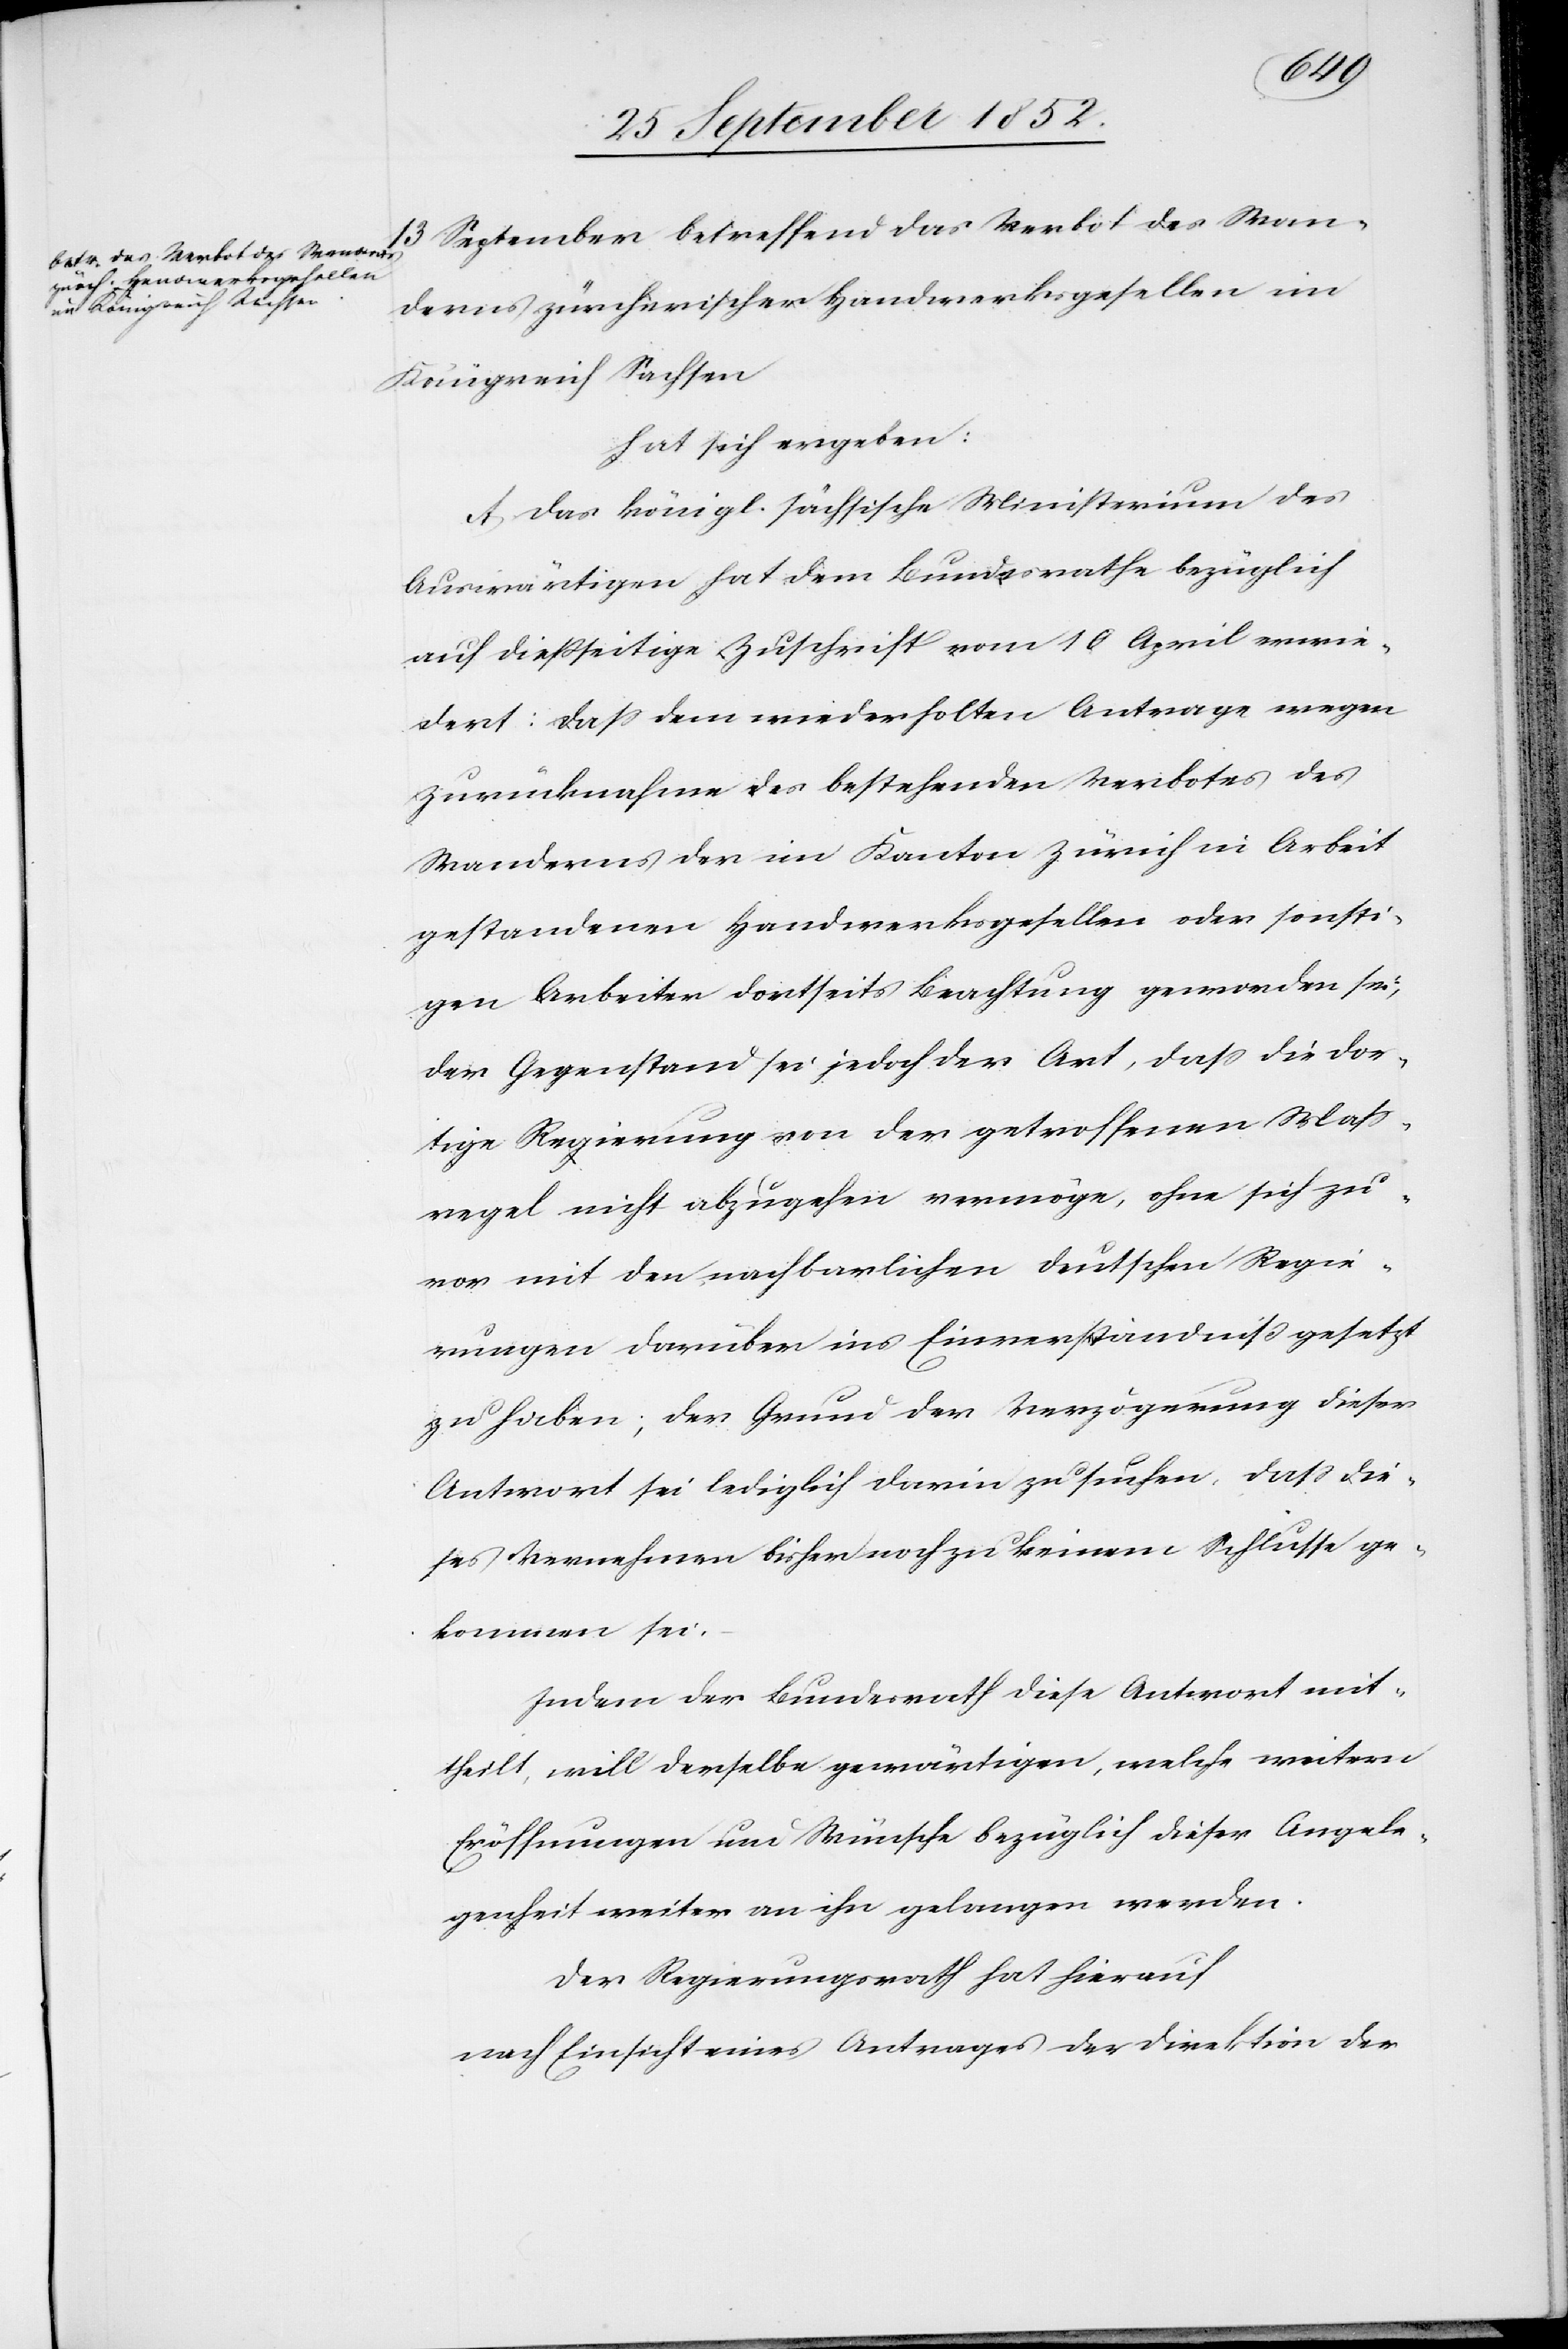
13 September betreffend das Verbot des Wan¬
derns zürcherischer Handwerksgesellen im
Königreich Sachsen
hat sich ergeben:
A Das königl. sächsische Ministerium des
Auswärtigen hat dem Bundesrathe bezüglich
auf dießseitige Zuschrift vom 10 April erwie¬
dert: dass dem wiederholten Antrage wegen
Zurücknahme des bestehenden Verbotes des
Wanderns der im Kanton Zürich in Arbeit
gestandenen Handwerksgesellen oder sonsti¬
gen Arbeiten dortseits Beachtung geworden sei,
der Gegenstand sei jedoch der Art, dass die dor¬
tige Regierung von der getroffenen Mass¬
regel nicht abzugehen vermöge, ohne sich zu¬
vor mit den nachbarlichen deutschen Regie¬
rungen darüber ins Einverständniß gesetzt
zu haben; der Grund der Verzögerung dieser
Antwort sei lediglich darin zu suchen, dass die¬
ses Vernehmen bisher noch zu keinem Schlusse ge¬
kommen sei.
Indem der Bundesrath diese Antwort mit¬
theilt, will derselbe gewärtigen, welche weitern
Eröffnungen und Wünsche bezüglich dieser Angele¬
genheit weiter an ihn gelangen werden.
Der Regierungsrath hat hierauf
nach Einsicht eines Antrages der Direktion der